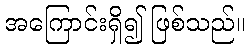
အကြောင်းရှိ၍ ဖြစ်သည်။